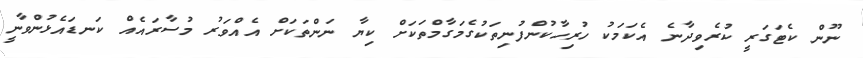
ނޫން ކެޓަގަރީ ކުރެވިދާނެ އެކަމަކު ހުރިހާކުންފުނިތަކުގެމަގާމްތަކަށް ކިޔާ ނަންތަކަށް އެއްވަރު މުސާރައެއް ކަނޑައެޅުންވާނީ